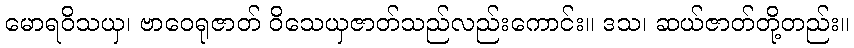
မောရဝိသယှ၊ ဗာဝေရုဇာတ် ဝိသေယှဇာတ်သည်လည်းကောင်း။ ဒသ၊ ဆယ်ဇာတ်တို့တည်း။